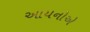
આયનોએ